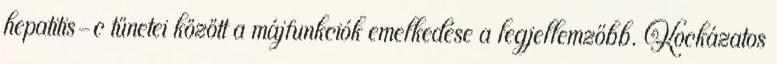
hepatitis-c tünetei között a májfunkciók emelkedése a legjellemzőbb. Kockázatos